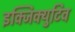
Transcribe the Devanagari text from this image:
इक्जिक्युटिव